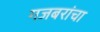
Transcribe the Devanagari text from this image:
गजबरांचा